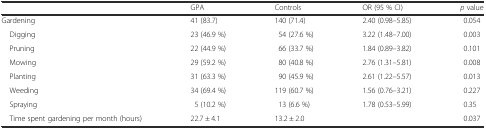
<table><thead><tr><td></td><td><b>GPA</b></td><td><b>Controls</b></td><td><b>OR (95 % CI)</b></td><td><b><i>p</i> value</b></td></tr></thead><tbody><tr><td>Gardening</td><td>41 (83.7)</td><td>140 (71.4)</td><td>2.40 (0.98–5.85)</td><td>0.054</td></tr><tr><td> Digging</td><td>23 (46.9 %)</td><td>54 (27.6 %)</td><td>3.22 (1.48–7.00)</td><td>0.003</td></tr><tr><td> Pruning</td><td>22 (44.9 %)</td><td>66 (33.7 %)</td><td>1.84 (0.89–3.82)</td><td>0.101</td></tr><tr><td> Mowing</td><td>29 (59.2 %)</td><td>80 (40.8 %)</td><td>2.76 (1.31–5.81)</td><td>0.008</td></tr><tr><td> Planting</td><td>31 (63.3 %)</td><td>90 (45.9 %)</td><td>2.61 (1.22–5.57)</td><td>0.013</td></tr><tr><td> Weeding</td><td>34 (69.4 %)</td><td>119 (60.7 %)</td><td>1.56 (0.76–3.21)</td><td>0.227</td></tr><tr><td> Spraying</td><td>5 (10.2 %)</td><td>13 (6.6 %)</td><td>1.78 (0.53–5.99)</td><td>0.35</td></tr><tr><td> Time spent gardening per month (hours)</td><td>22.7 ± 4.1</td><td>13.2 ± 2.0</td><td></td><td>0.037</td></tr></tbody></table>